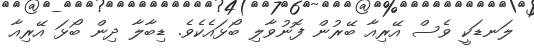
ލަނޑަކީ ވެސް އޭރިއާ ބޭރުން ފޮނުވާލި ބޯޅައެކެވެ. ޑިބާލާ ދިން ބޯޅަ އޭރިއާ